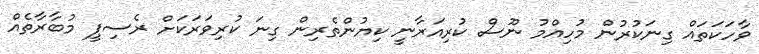
ވާހަކަތައް ގިނަކުރުން މުހިއްމު ނޫސް ކުރިއަރާނީ ކިޔުންތެރިން ގިނަ ކުރިވަރަކަށް ރެސިޕީ މުބާރާތެއް